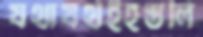
যথাযর্থইহস্তলি